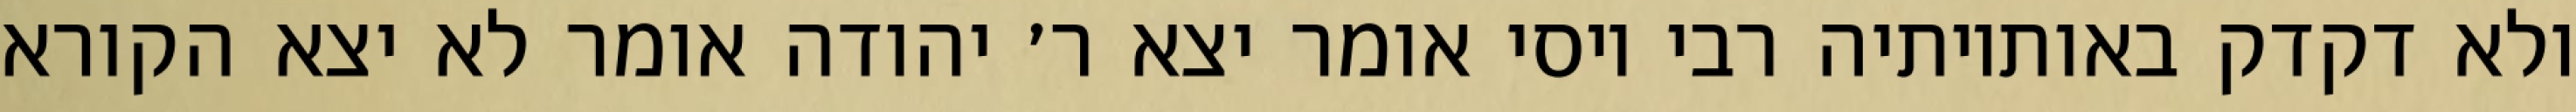
ולא דקדק באותיותיה רבי יוסי אומר יצא ר׳ יהודה אומר לא יצא הקורא